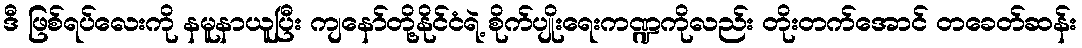
ဒီ ဖြစ်ရပ်လေးကို နမူနာယူပြီး ကျနော်တို့နိုင်ငံရဲ့ စိုက်ပျိုးရေးကဏ္ဍကိုလည်း တိုးတက်အောင် တခေတ်ဆန်း